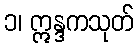
၁၊ ဣန္ဒကသုတ်